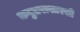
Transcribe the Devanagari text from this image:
कबुतरासारखी